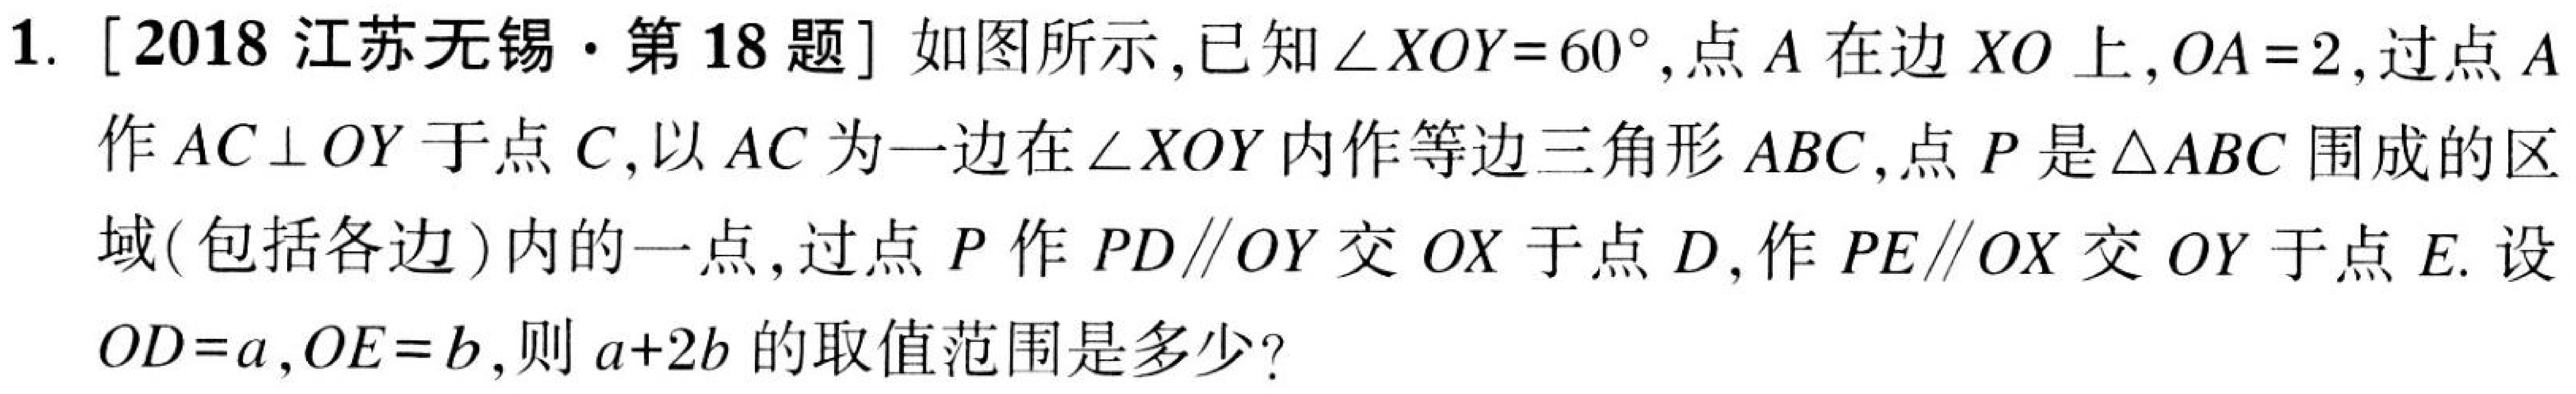
1. [2018江苏无锡·第18题]如图所示，已知\(\angle XOY = 60^{\circ}\)，点\(A\)在边\(XO\)上，\(OA = 2\)，过点\(A\)作\(AC\perp OY\)于点\(C\)，以\(AC\)为一边在\(\angle XOY\)内作等边三角形\(ABC\)，点\(P\)是\(\triangle ABC\)围成的区域(包括各边)内的一点，过点\(P\)作\(PD\parallel OY\)交\(OX\)于点\(D\)，作\(PE\parallel OX\)交\(OY\)于点\(E\). 设\(OD = a\)，\(OE = b\)，则\(a + 2b\)的取值范围是多少？